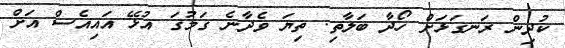
ކުދިން ރަނގަޅަށް ހޯދާ ބަލާތި. ތިޔަ ވެދާނެ ގަމުގަ އުޅޭ އައިއެސް އަށް